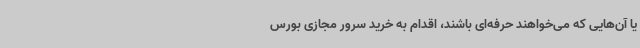
یا آن‌هایی که می‌خواهند حرفه‌ای باشند، اقدام به خرید سرور مجازی بورس